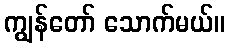
ကျွန်တော် သောက်မယ်။